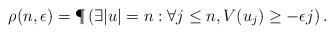
LaTeX: \begin{align*} \rho(n,\epsilon) = \P\left( \exists |u| = n : \forall j \leq n, V(u_j) \geq - \epsilon j \right).\end{align*}